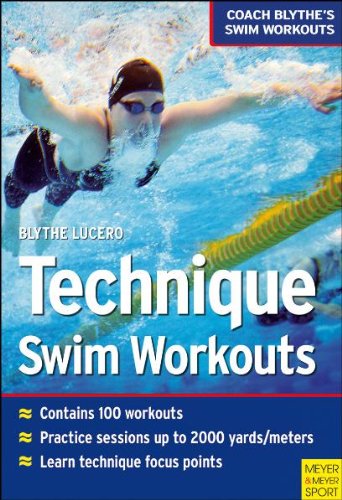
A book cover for Techinque Swim Workouts (Coach Blythes Swim Workouts 1); Blythe Lucero; Health, Fitness & Dieting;